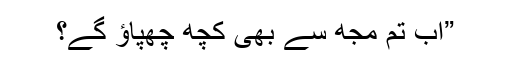
”اب تم مجھ سے بھی کچھ چھپاﺅ گے؟